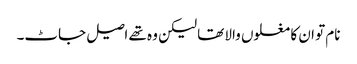
نام تو ان کا مغلوں والا تھا لیکن وہ تھے اصیل جاٹ۔